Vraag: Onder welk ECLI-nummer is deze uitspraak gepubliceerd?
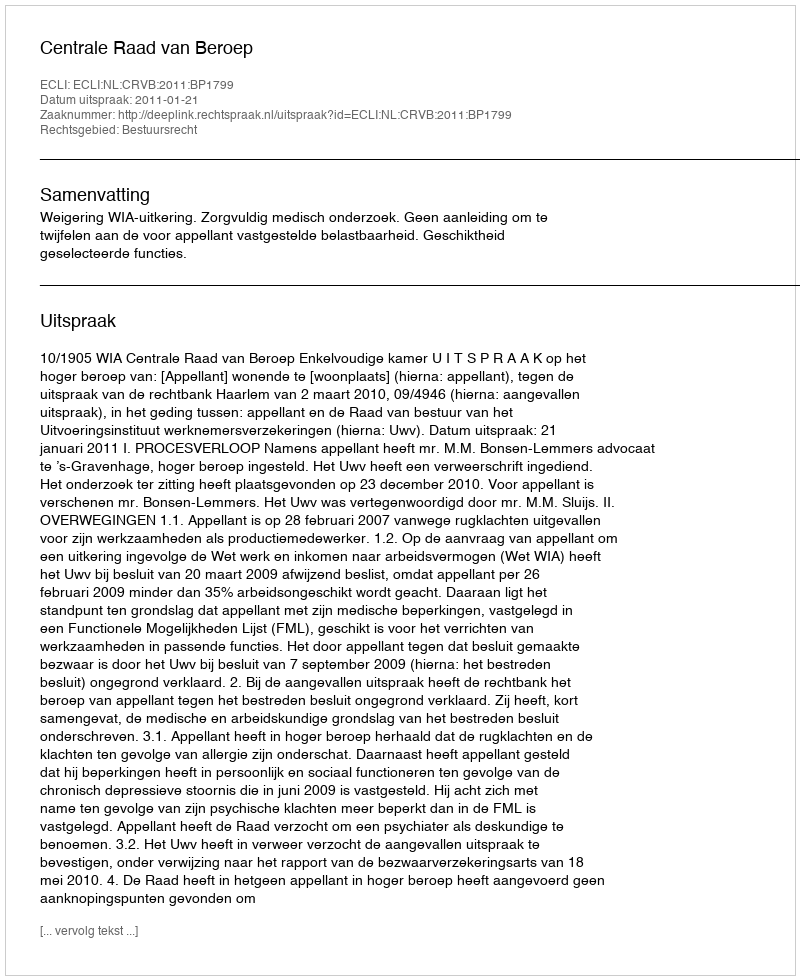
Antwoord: ECLI:NL:CRVB:2011:BP1799